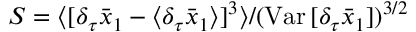
S = \langle [ \delta _ { \tau } \bar { x } _ { 1 } - \langle \delta _ { \tau } \bar { x } _ { 1 } \rangle ] ^ { 3 } \rangle / ( \mathrm { V a r } \, [ \delta _ { \tau } \bar { x } _ { 1 } ] ) ^ { 3 / 2 }